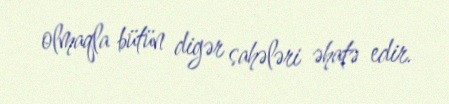
olmaqla bütün digər sahələri əhatə edir.